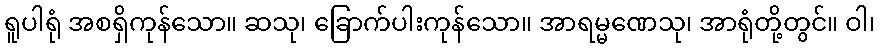
ရူပါရုံ အစရှိကုန်သော။ ဆသု၊ ခြောက်ပါးကုန်သော။ အာရမ္မဏေသု၊ အာရုံတို့တွင်။ ဝါ၊